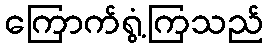
ကြောက်ရွံ့ကြသည်